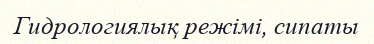
Гидрологиялық режімі, сипаты